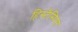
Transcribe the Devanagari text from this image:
हिस्टैस्पिस